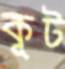
কূট